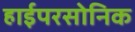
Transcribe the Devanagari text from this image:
हाईपरसोनिक